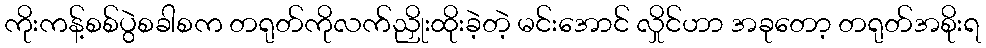
ကိုးကန့်စစ်ပွဲစခါစက တရုတ်ကိုလက်ညှိုးထိုးခဲ့တဲ့ မင်းအောင် လှိုင်ဟာ အခုတော့ တရုတ်အစိုးရ